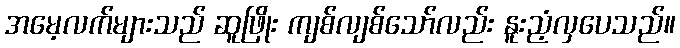
အမေ့လက်များသည် ဆူဖြိုး ကျစ်လျစ်သော်လည်း နူးညံ့လှပေသည်။